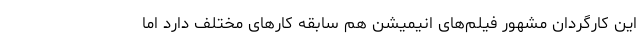
این کارگردان مشهور فیلم‌های انیمیشن هم سابقه کارهای مختلف دارد اما